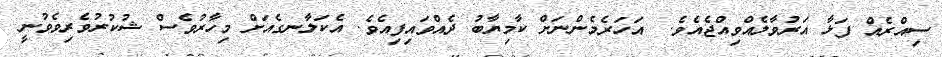
ސިއްރެއް ފަޅާ އަރުވާލެއްވިއްޖެއެވެ.  އަހަރެމެންނަށް ކާމިޔާބު ދެއްވައިފިއެވެ. އެކަލާނގެއަށް މިހާރުވެސް ޝުކުރުވެރިވެވުނީ